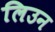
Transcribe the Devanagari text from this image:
लिउन